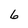
Character: 6